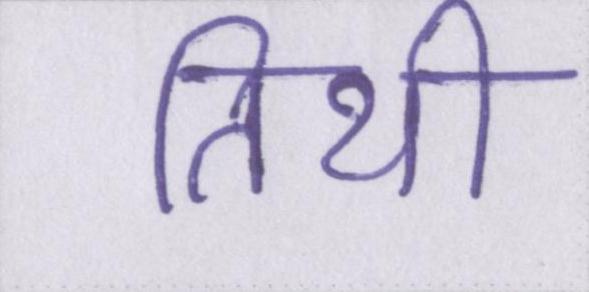
तिथी